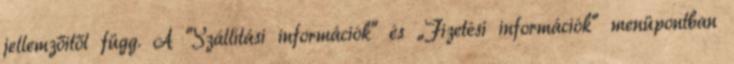
jellemzőitől függ. A "Szállítási információk" és „Fizetési információk” menüpontban